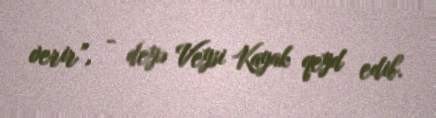
verir”, - deyə Veysi Kayak qeyd edib.